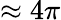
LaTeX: \approx 4\pi